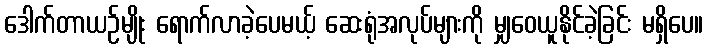
ဒေါက်တာယဉ်မျိုး ရောက်လာခဲ့ပေမယ့် ဆေးရုံအလုပ်များကို မျှဝေယူနိုင်ခဲ့ခြင်း မရှိပေ။